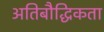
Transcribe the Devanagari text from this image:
अतिबौद्धिकता